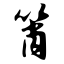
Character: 筲